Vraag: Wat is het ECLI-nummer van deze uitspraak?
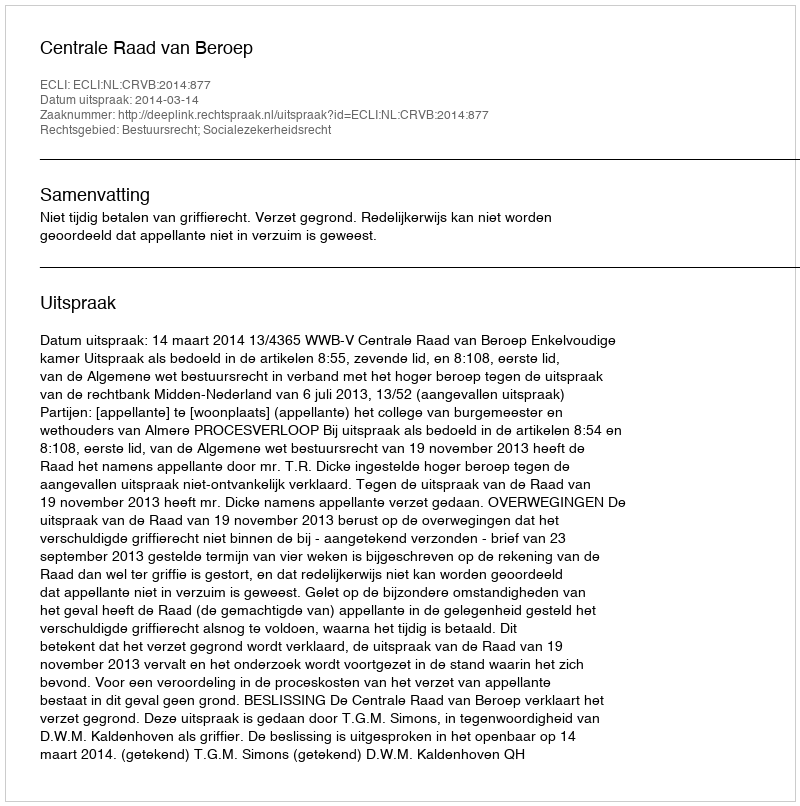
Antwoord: ECLI:NL:CRVB:2014:877